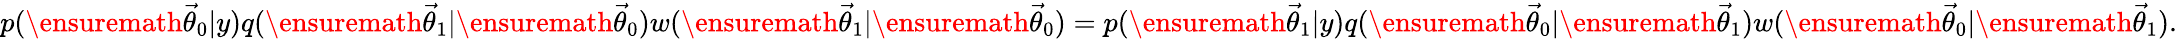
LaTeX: p(\ensuremath{\vec{\theta}}_{0}|y)q(\ensuremath{\vec{\theta}}_{1}|\ensuremath{\vec{\theta}}_{0})w(\ensuremath{\vec{\theta}}_{1}|\ensuremath{\vec{\theta}}_{0})=p(\ensuremath{\vec{\theta}}_{1}|y)q(\ensuremath{\vec{\theta}}_{0}|\ensuremath{\vec{\theta}}_{1})w(\ensuremath{\vec{\theta}}_{0}|\ensuremath{\vec{\theta}}_{1}).